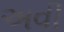
અવી